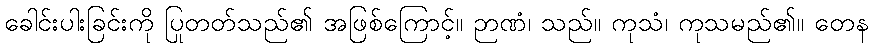
ခေါင်းပါးခြင်းကို ပြုတတ်သည်၏ အဖြစ်ကြောင့်။ ဉာဏံ၊ သည်။ ကုသံ၊ ကုသမည်၏။ တေန